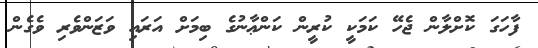
ފާހަގަ ކޮށްލާން ޖެހޭ ކަމަކީ ކުރީން ކަންޢާނުގެ ބިމަށް އަރައި ވަޒަންވެރި ވެގެން